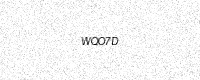
Text: WQO7D